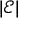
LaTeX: | { \mathcal { E } } |